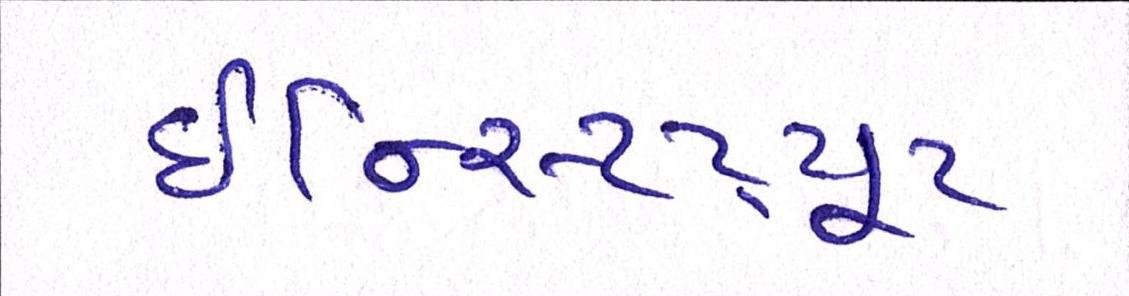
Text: ઈન્સ્ટિટ્યૂટ